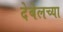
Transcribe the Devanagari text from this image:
देबेलच्या